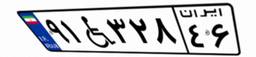
۹۶W۴۸۵۵۱